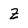
Character: z